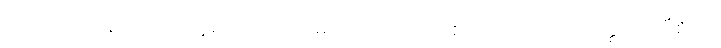
သည်။ မာဝိနဿတု၊ သူများလက်၌ မပျောက်ပျက်စေလင့်။ အယံ တတ္ထ သာမီစိတိ၊